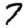
Digit: 7